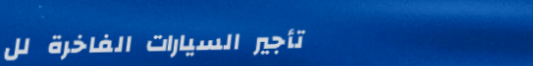
تأجير السيارات الفاخرة لل